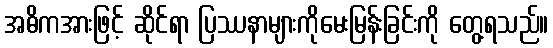
အဓိကအားဖြင့် ဆိုင်ရာ ပြဿနာများကိုမေးမြန်းခြင်းကို တွေ့ရသည်။